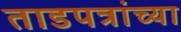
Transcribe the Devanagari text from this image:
ताडपत्रांच्या